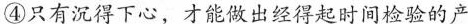
④只有沉得下心，才能做出经得起时间检验的产